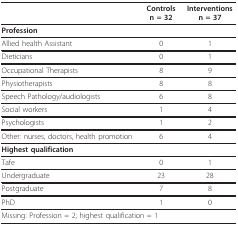
|  | Controlsn = 32 | Interventionsn = 37 |
 | --- | --- | --- |
 | <COLSPAN=3> Profession |
 | Allied health Assistant | 0 | 1 |
 | Dieticians | 0 | 1 |
 | Occupational Therapists | 8 | 9 |
 | Physiotherapists | 8 | 8 |
 | Speech Pathology/audiologists | 6 | 8 |
 | Social workers | 1 | 4 |
 | Psychologists | 1 | 2 |
 | Other: nurses, doctors, health promotion | 6 | 4 |
 | <COLSPAN=3> Highest qualification |
 | Tafe | 0 | 1 |
 | Undergraduate | 23 | 28 |
 | Postgraduate | 7 | 8 |
 | PhD | 1 | 0 |
 | <COLSPAN=3> Missing: Profession = 2; highest qualification = 1 |